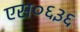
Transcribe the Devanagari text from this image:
एस०६३६